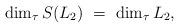
LaTeX: \begin{align*}\dim_\tau{}S(L_2)\ =\ \dim_\tau{}L_2,\end{align*}